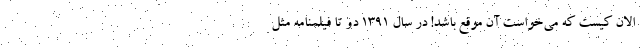
الان کیست که می‌خواست آن موقع باشد! در سال 1391 دو تا فیلمنامه مثل